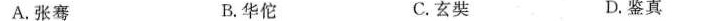
A.张骞 B.华佗 C.玄奘 D.鉴真